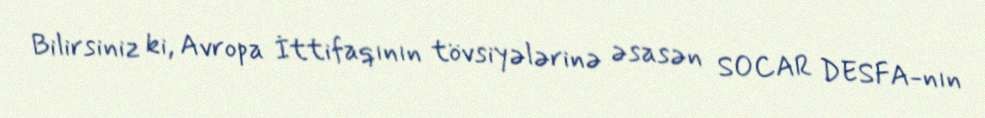
Bilirsiniz ki, Avropa İttifaqının tövsiyələrinə əsasən SOCAR DESFA-nın